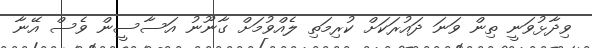
ވިދާޅުވަނީ ތިން ވަނަ ދައުރަކަށް ކުރިމަތި ލެއްވުމަށް ގާނޫނު އަސާސީން ވެސް އޭނާ